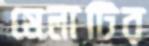
মেলাটির